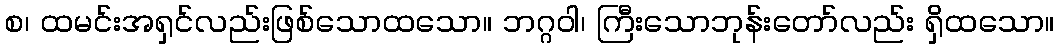
စ၊ ထမင်းအရှင်လည်းဖြစ်သောထသော။ ဘဂ္ဂဝါ၊ ကြီးသောဘုန်းတော်လည်း ရှိထသော။